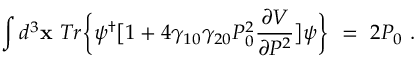
\int d ^ { 3 } { \bf x } \ T r \bigg \{ \psi ^ { \dagger } \big [ 1 + 4 \gamma _ { 1 0 } \gamma _ { 2 0 } P _ { 0 } ^ { 2 } \frac { \partial V } { \partial P ^ { 2 } } \big ] \psi \bigg \} \ = \ 2 P _ { 0 } \ .